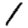
Digit: 1